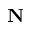
{ \bf N }